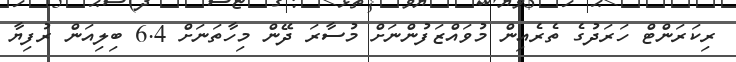
ރިކަރަންޓް ހަރަދުގެ ތެރެއިން މުވައްޒަފުންނަށް މުސާރަ ދޭން މިހާތަނަށް 6.4 ބިލިއަން ރުފިޔާ